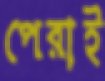
পেরাই